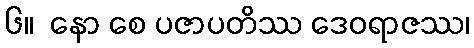
၆။  နော စေ ပဇာပတိဿ ဒေဝရာဇဿ၊